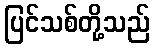
ပြင်သစ်တို့သည်